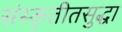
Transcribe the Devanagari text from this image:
संस्कृतीतसुद्धा